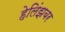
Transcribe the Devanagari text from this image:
हेलिंझबर